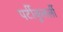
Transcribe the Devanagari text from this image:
पर्टीकुलर्ली